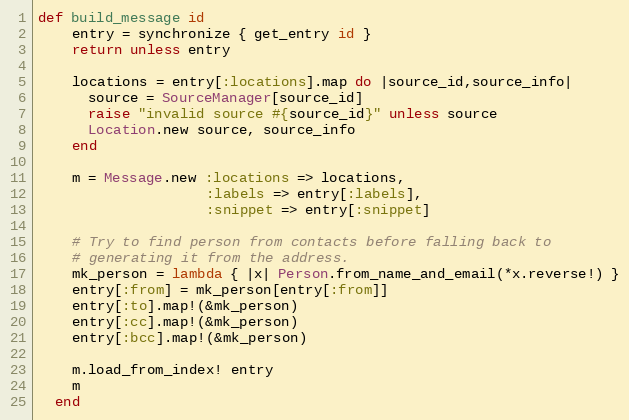
Language: Ruby
def build_message id
    entry = synchronize { get_entry id }
    return unless entry

    locations = entry[:locations].map do |source_id,source_info|
      source = SourceManager[source_id]
      raise "invalid source #{source_id}" unless source
      Location.new source, source_info
    end

    m = Message.new :locations => locations,
                    :labels => entry[:labels],
                    :snippet => entry[:snippet]

    # Try to find person from contacts before falling back to
    # generating it from the address.
    mk_person = lambda { |x| Person.from_name_and_email(*x.reverse!) }
    entry[:from] = mk_person[entry[:from]]
    entry[:to].map!(&mk_person)
    entry[:cc].map!(&mk_person)
    entry[:bcc].map!(&mk_person)

    m.load_from_index! entry
    m
  end